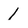
Character: 1